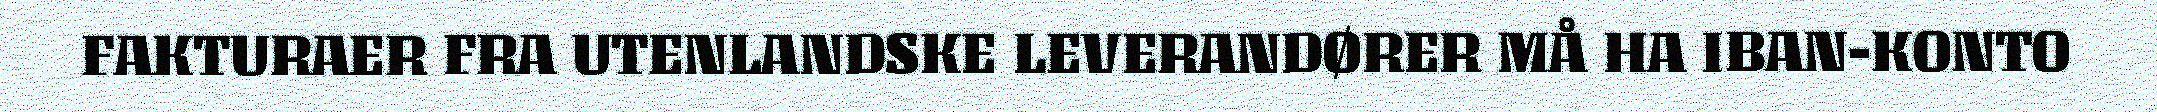
FAKTURAER FRA UTENLANDSKE LEVERANDØRER MÅ HA IBAN-KONTO